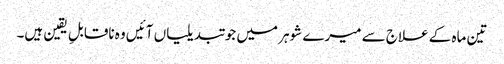
تین ماہ کے علاج سے میرے شوہر میں جو تبدیلیاں آئیں وہ ناقابلِ یقین ہیں۔